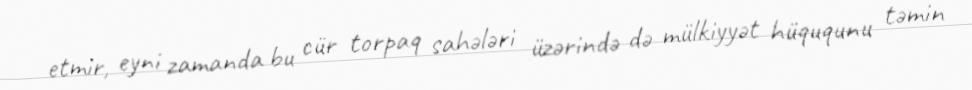
etmir, eyni zamanda bu cür torpaq sahələri üzərində də mülkiyyət hüququnu təmin